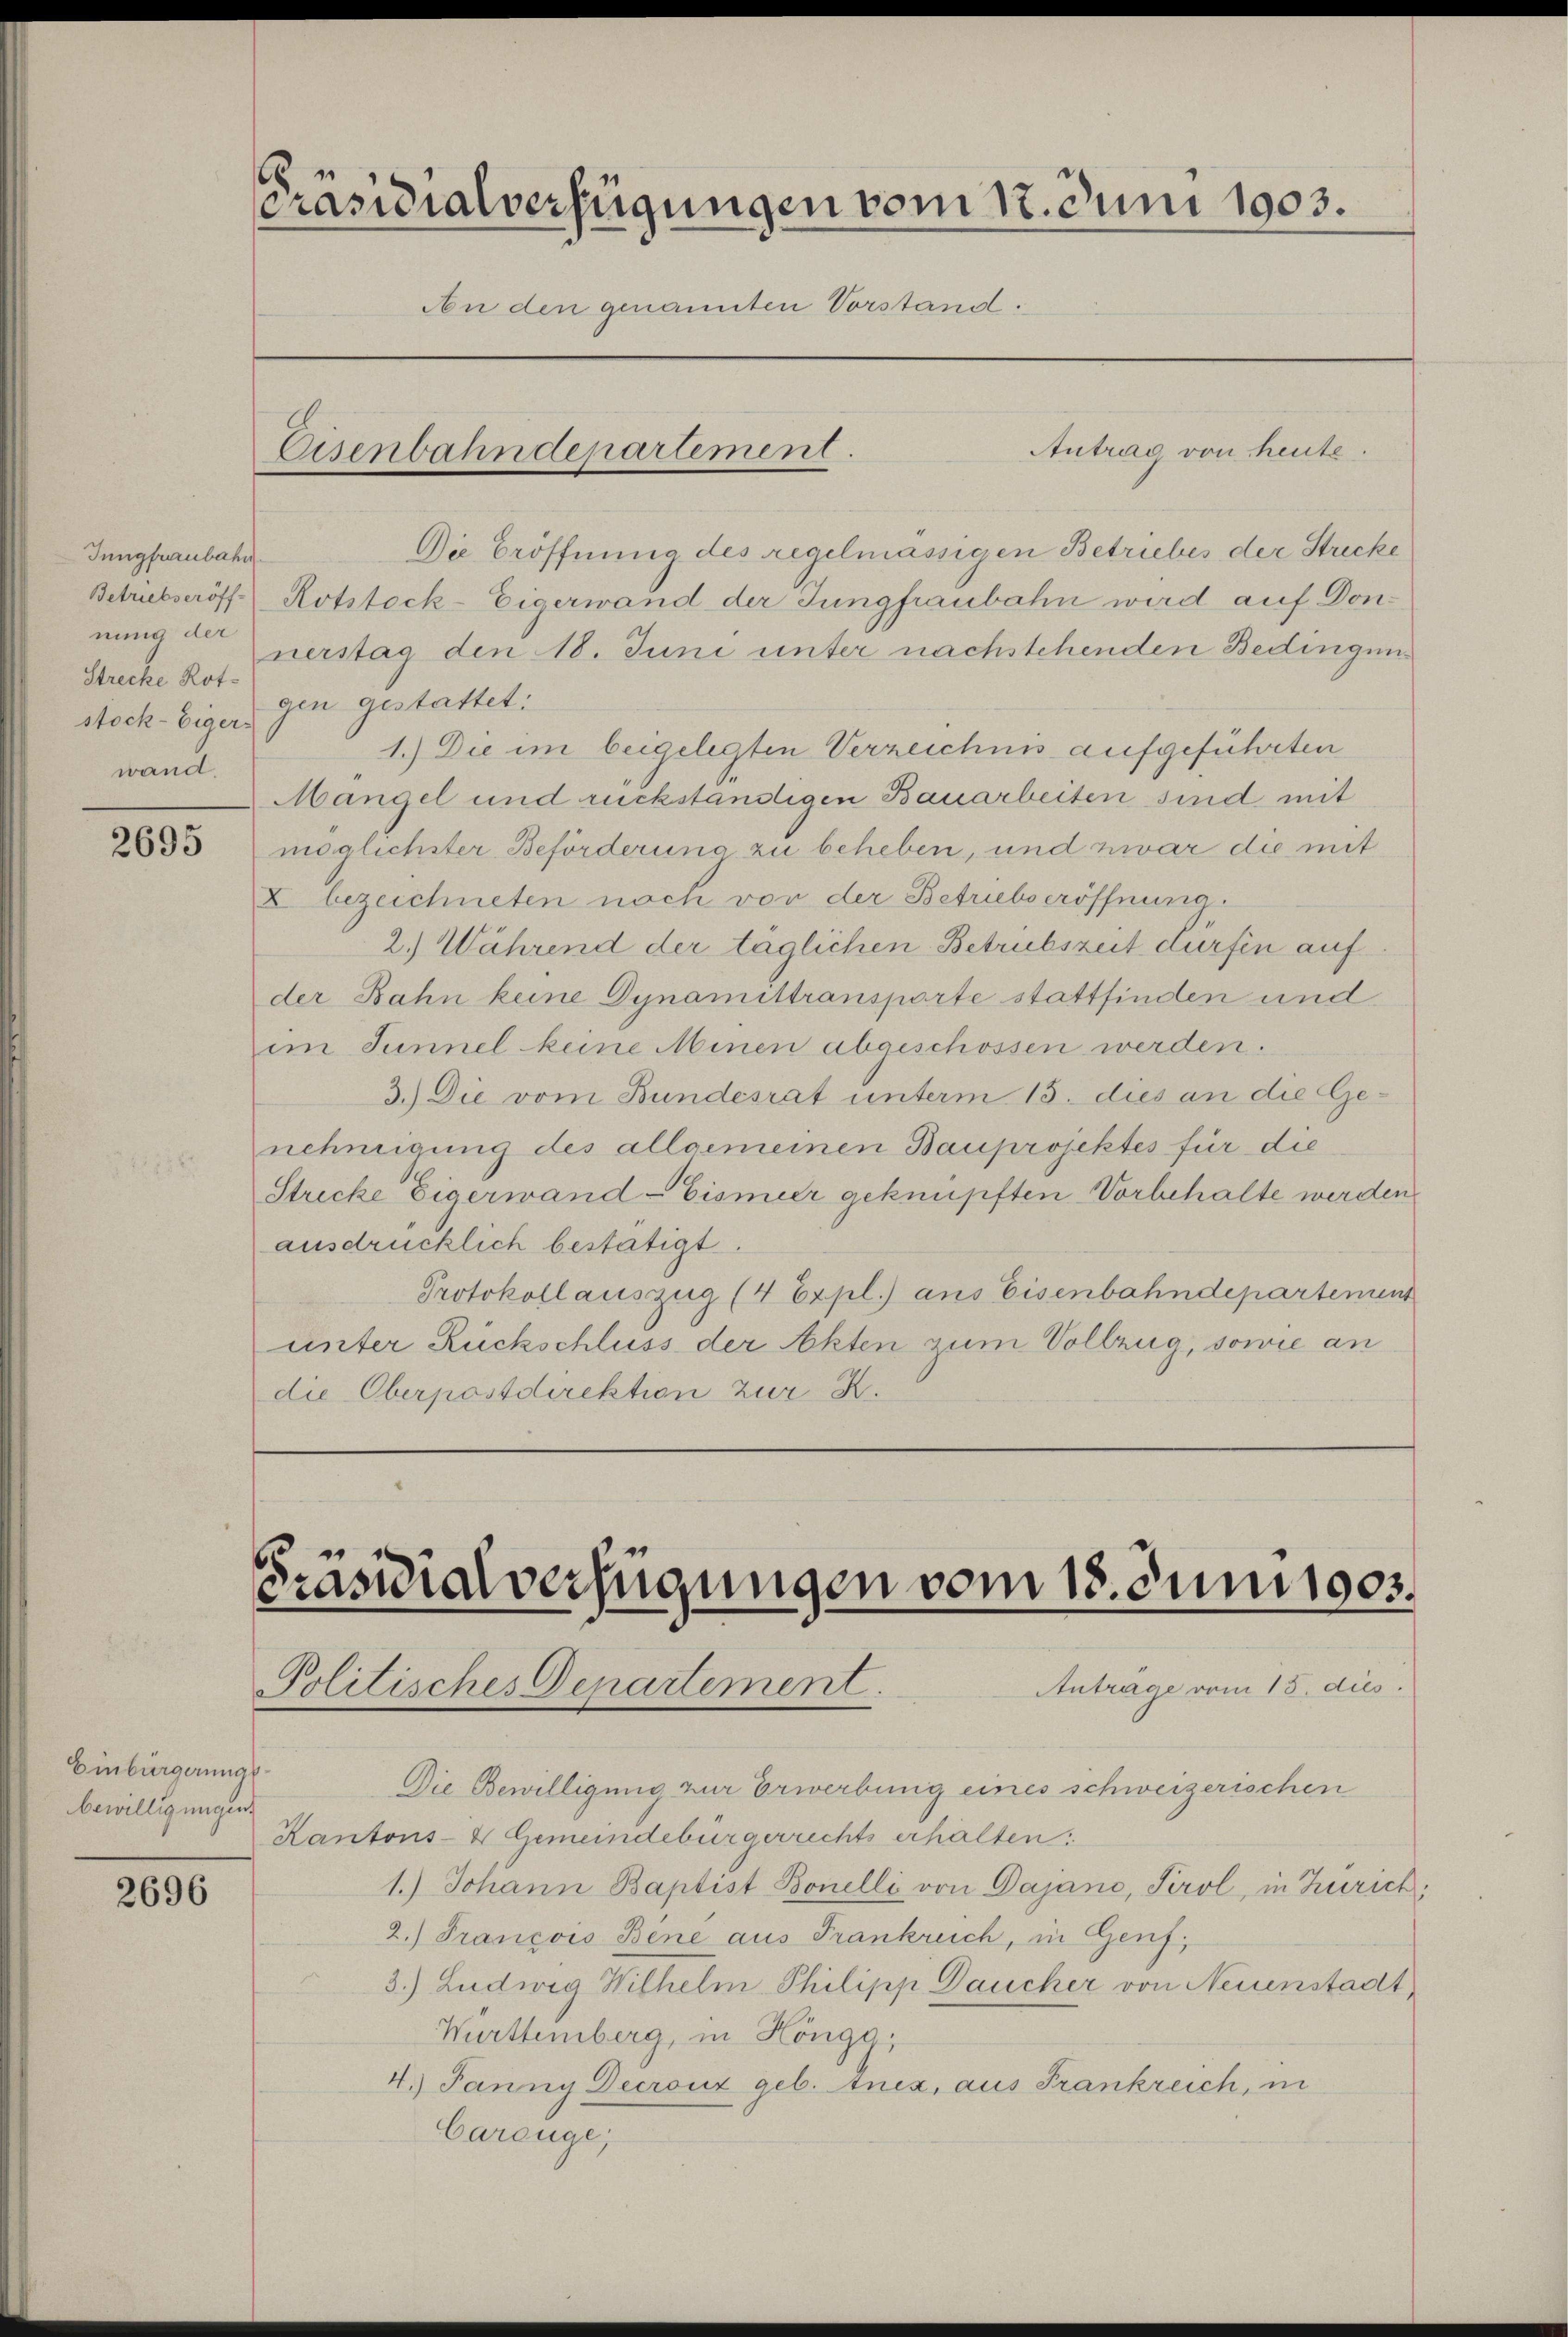
Jungfraubahn
Betriebseröff-
nung der
Strecke Rotstock-Eiger
wand.

2695

Einbürgerungsbewilligungen.

2696

Präsidialverfügungen vom 17. Juni 1903.
An den genannten Vorstand.

Die Eröffnung des regelmässigen Betriebes der Stricke
Rotstock-Eigerwand der Jungfraubahn wird auf Donnerstag den 18. Juni unter nachstehenden Bedingung
gen gestattet:
1.) Die im beigelegten Verzeichnis aufgeführten
Mangel und rückständigen Bauarbeiten sind mit
möglichster Beförderung zu beheben, und zwar die mit
X bezeichneten noch vor der Betriebseröffnung
2.) Während der täglichen Betriebszeit dürfen auf
der Bahn keine Dynamistransporte stattfinden und
im Tunnel keine Minen abgeschossen werden.
3.) Die vom Bundesrat unterm 15. dies an die Genehmigung des allgemeinen Bauprojektes für die
Strecke Eigerwand-Eismeer geknüpften Vorbehalte werden
ausdrücklich bestätigt.
Protokollauszug (4 Expl.) aus Eisenbahndepartement
unter Rückschluss der Akten zum Vollzug, sowie an
die Oberpostdirektion zur K.

Eisenbahndepartement.

Antrag von heute.

Präsidialverfügungen vom 18. Juni 1905.
Anträge vom 15. dies
Politisches Departement.

Die Bewilligung zur Erwerbung eines schweizerischen
Kantons- & Gemeindebürgerrechts erhalten.
1.) Johann Baptist Bonelli von Dajanc, Tirol, in Zürich;
2.) Francois Bene aus Frankreich, in Genf,
3.) Ludwig Wilhelm Philipp Daucher von Neuenstadt
Württemberg, in Höngg,
4.) Janny Decrouz geb. Ancz, aus Frankreich, in
Careüge;